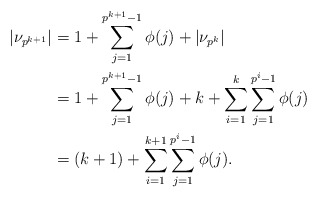
\begin{align*} |\nu_{p^{k+1}}| &= 1+\sum\limits_{j=1}^{p^{k+1}-1}\phi(j) + |\nu_{p^k}|\\ &= 1+\sum\limits_{j=1}^{p^{k+1}-1}\phi(j) + k+\sum\limits_{i=1}^k\sum\limits_{j=1}^{p^i-1}\phi(j)\\ &= (k+1) + \sum\limits_{i=1}^{k+1}\sum\limits_{j=1}^{p^i-1}\phi(j). \end{align*}